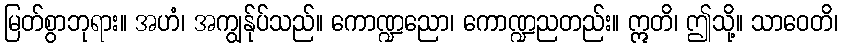
မြတ်စွာဘုရား။ အဟံ၊ အကျွန်ုပ်သည်။ ကောဏ္ဍညော၊ ကောဏ္ဍညတည်း။ ဣတိ၊ ဤသို့။ သာဝေတိ၊